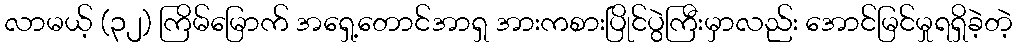
လာမယ့် (၃၂) ကြိမ်မြောက် အရှေ့တောင်အာရှ အားကစားပြိုင်ပွဲကြီးမှာလည်း အောင်မြင်မှုရရှိခဲ့တဲ့